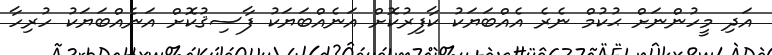
އަދި މީހުންނަށް ޙުކުމް ނެރެ އެއްބަޔަކު ކާފިރުކޮށް އަނެއްބަޔަކު ފާސިޤުކޮށް އަނެއްބަޔަކު ހުރިހާ